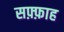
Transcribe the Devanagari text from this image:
सफ़्फ़ाह